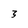
Character: 3